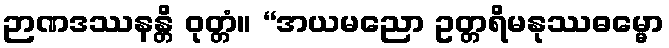
ဉာဏဒဿနန္တိ ဝုတ္တံ။ “အယမညော ဥတ္တရိမနုဿဓမ္မော